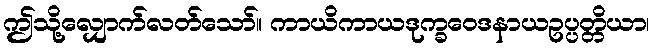
ဤသို့လျှောက်လတ်သော်။ ကာယိကာယဒုက္ခဝေဒနာယဥပ္ပတ္တိယာ၊